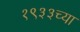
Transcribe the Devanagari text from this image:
१९३३च्या